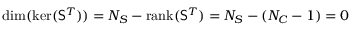
\mathrm { d i m } ( \mathrm { k e r } ( { \mathsf S } ^ { T } ) ) = N _ { S } - \mathrm { r a n k } ( { \mathsf S } ^ { T } ) = N _ { S } - ( N _ { C } - 1 ) = 0